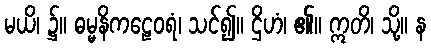
မယိ၊ ၌။ ဓမ္မနိကဠေဝရံ၊ သင်၍။ ဌိဟံ၊ ၏။ ဣတိ၊ သို့။ န